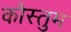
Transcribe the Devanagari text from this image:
कौस्तुम